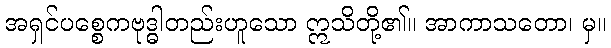
အရှင်ပစ္စေကဗုဒ္ဓါတည်းဟူသော ဣသိတို့၏။ အာကာသတော၊ မှ။